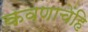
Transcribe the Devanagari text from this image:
कवणाचेंहि